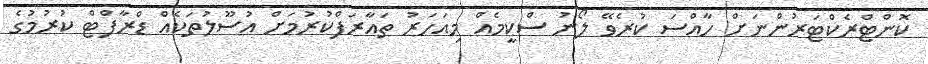
ކޮންޓްރެކްޓަރުންނަށް ހާއްސަ ކުރެވޭ ލޯނު ސްކީމެއް މިއަހަރު ތައާރަފްކުރުމަށް އުސޫލުތަކެއް ޑްރާފްޓް ކުރުމުގެ